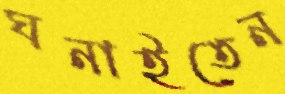
ঘনাইতেন